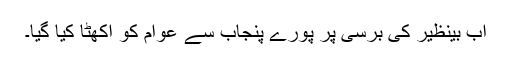
اب بینظیر کی برسی پر پورے پنجاب سے عوام کو اکھٹا کیا گیا۔